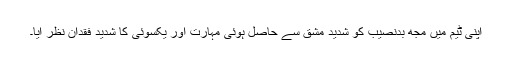
اپنی ٹیم میں مجھ بدنصیب کو شدید مشق سے حاصل ہوئی مہارت اور یکسوئی کا شدید فقدان نظر آیا۔